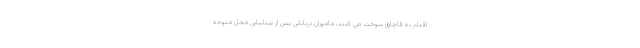
اقدام به قاچاق سوخت می کنند، ماموران دریابانی پس از شناسایی محل متوجه